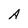
Character: A